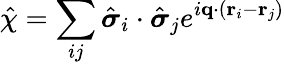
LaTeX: \hat{\chi}=\sum_{ij}\hat{\boldsymbol{\sigma}}_{i}\cdot\hat{\boldsymbol{\sigma}}_{j}e^{i\mathbf{q}\cdot(\mathbf{r}_{i}-\mathbf{r}_{j})}